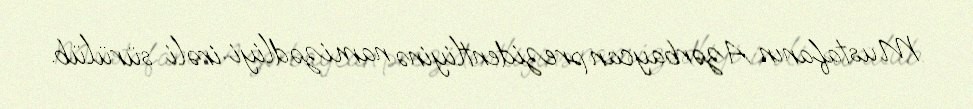
Mustafanın Azərbaycan prezidentliyinə namizədliyi irəli sürülüb.